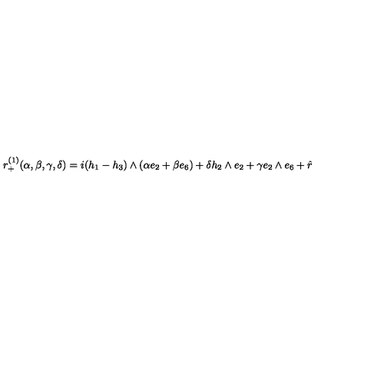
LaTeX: r _ { + } ^ { ( 1 ) } ( \alpha , \beta , \gamma , \delta ) = i ( h _ { 1 } - h _ { 3 } ) \wedge ( \alpha e _ { 2 } + \beta e _ { 6 } ) + \delta h _ { 2 } \wedge e _ { 2 } + \gamma e _ { 2 } \wedge e _ { 6 } + \hat { r }